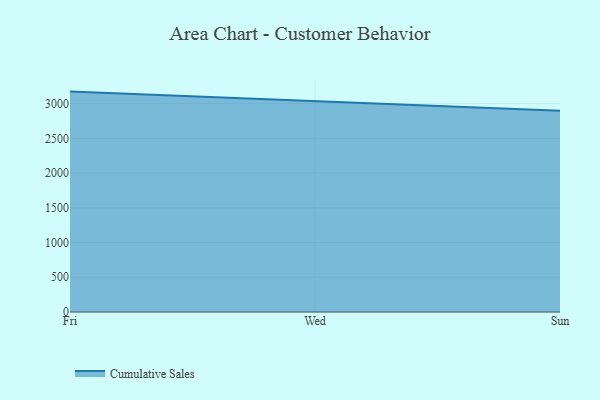
{"axis": {"x": "Day", "y": "Bounce Rate (%)"}, "legend": ["Cumulative Sales"], "data": [{"x": "Fri", "y": 3173.0, "type": "Cumulative Sales"}, {"x": "Wed", "y": 3031.8, "type": "Cumulative Sales"}, {"x": "Sun", "y": 2897.0, "type": "Cumulative Sales"}]}